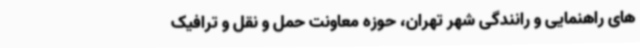
های راهنمایی و رانندگی شهر تهران، حوزه معاونت حمل و نقل و ترافیک